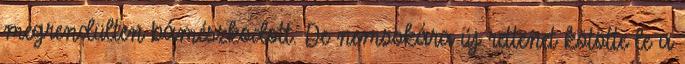
megrendülten bámészkodott. De nemsokára új rettenet kötötte le a